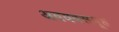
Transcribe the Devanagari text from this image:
अवयवसमूह